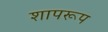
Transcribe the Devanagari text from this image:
शापरूप